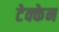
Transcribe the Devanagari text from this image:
टेक्केन